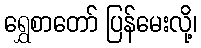
ရွှေစာတော် ပြန်မေးလို့၊